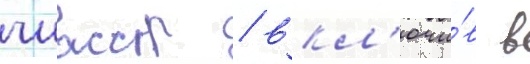
чиасср / вкл'ючи́в в